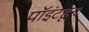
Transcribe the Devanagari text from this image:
पॉइंटहून